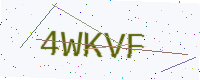
Text: 4WKVF